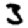
Digit: 3